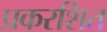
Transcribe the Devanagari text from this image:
प्रकरशित